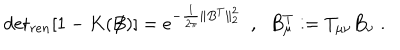
\mathrm { d e t } _ { r e n } [ 1 - K ( \not { \! \! B } ) ] = e ^ { - \frac { 1 } { 2 \pi } \| B ^ { T } \| _ { 2 } ^ { 2 } } \; \; , \; \; B _ { \mu } ^ { T } : = T _ { \mu \nu } B _ { \nu } \; .